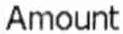
AMOUNT